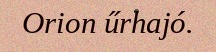
Orion űrhajó.